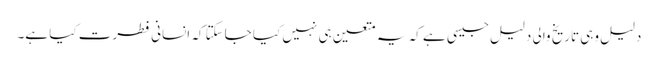
دلیل وہی تاریخ والی دلیل جیسی ہے کہ یہ متعین ہی نہیں کیا جاسکتا کہ انسانی فطرت کیا ہے۔